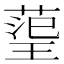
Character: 𭹬